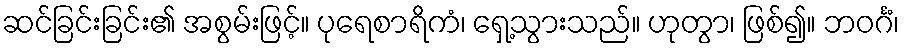
ဆင်ခြင်းခြင်း၏ အစွမ်းဖြင့်။ ပုရေစာရိကံ၊ ရှေ့သွားသည်။ ဟုတွာ၊ ဖြစ်၍။ ဘဝင်္ဂံ၊